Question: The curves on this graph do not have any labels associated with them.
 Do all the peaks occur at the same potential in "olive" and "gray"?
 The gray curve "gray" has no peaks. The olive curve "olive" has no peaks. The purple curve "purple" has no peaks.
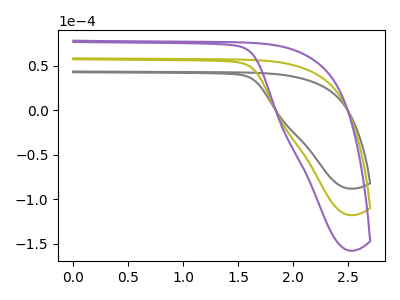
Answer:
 <answer>Niether CV has any peaks.</answer>
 <eval>blanks</eval>